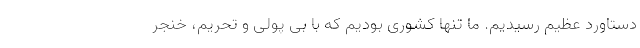
دستاورد عظیم رسیدیم. ما تنها کشوری بودیم که با بی پولی و تحریم، خنجر